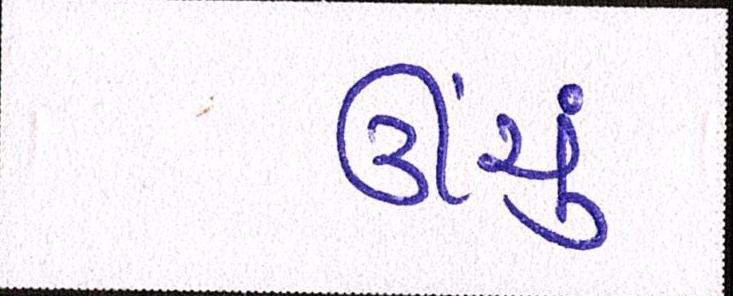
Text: ઊંચું